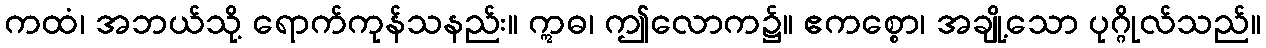
ကထံ၊ အဘယ်သို့ ရောက်ကုန်သနည်း။ ဣဓ၊ ဤလောက၌။ ဧကစ္စော၊ အချို့သော ပုဂ္ဂိုလ်သည်။